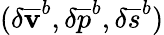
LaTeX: (\delta{\mathbf{\overline{{v}}}}^{b},\delta{\overline{{p}}^{b}},\delta{{\overline{{s}}}^{b}})